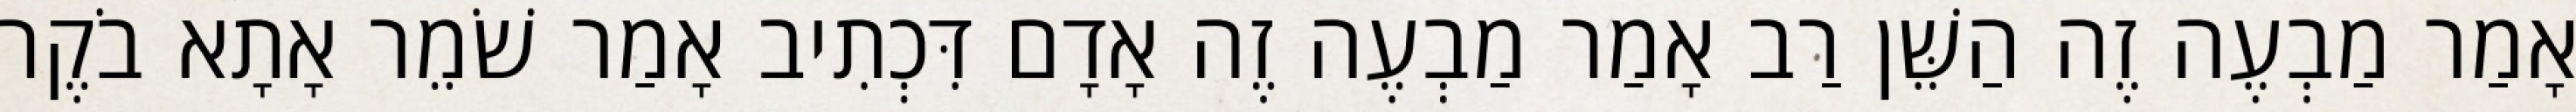
אָמַר מַבְעֶה זֶה הַשֵּׁן רַב אָמַר מַבְעֶה זֶה אָדָם דִּכְתִיב אָמַר שֹׁמֵר אָתָא בֹקֶר